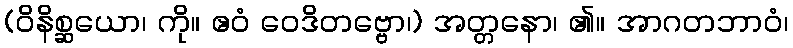
(ဝိနိစ္ဆယော၊ ကို။ ဧဝံ ဝေဒိတဗ္ဗော၊) အတ္တနော၊ ၏။ အာဂတဘာဝံ၊